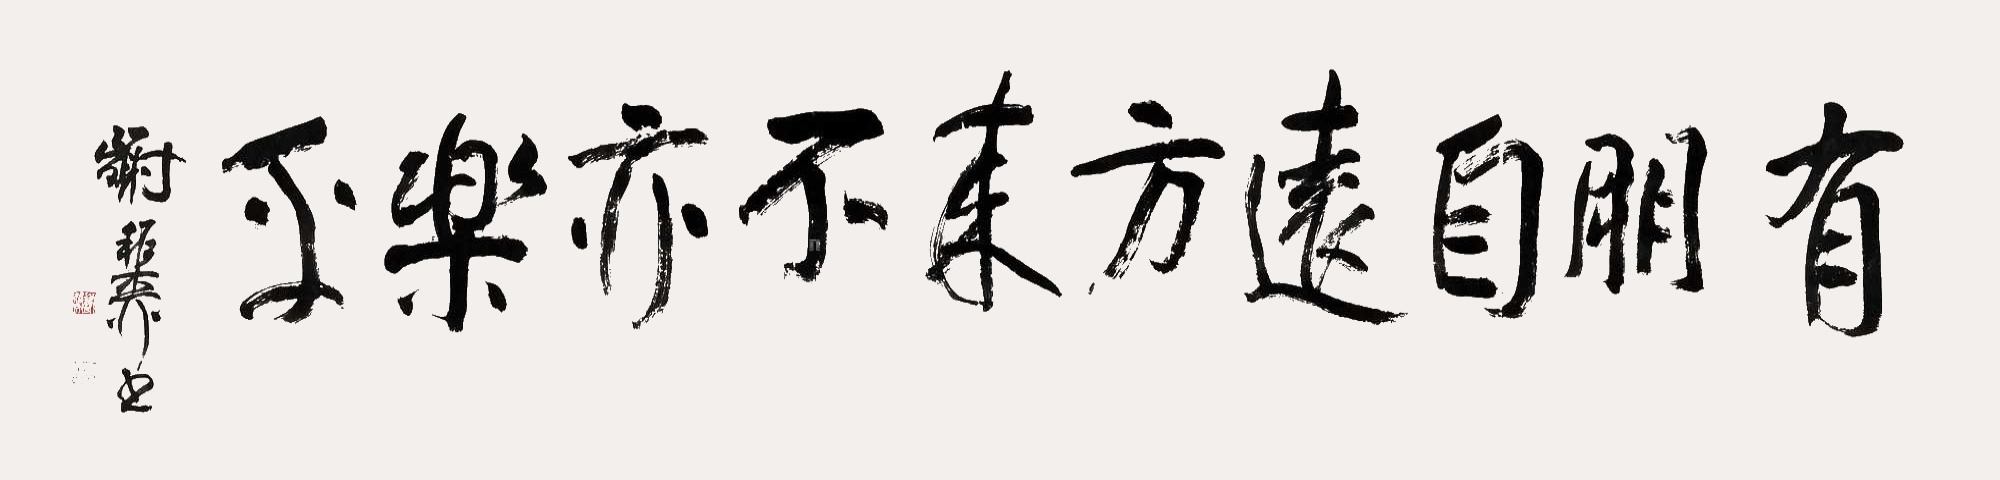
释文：有朋自远方来，不亦乐乎。谢稚柳书。